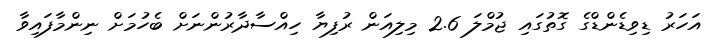
އަހަރު ޑިވިޑެންޑްގެ ގޮތުގައި ޖުމްލަ 2.6 މިލިއަން ރުފިޔާ ހިއްސާދާރުންނަށް ބެހުމަށް ނިންމާފައިވާ